Annual report of the Punjab Veterinary College and of the Civil Veterinary Department, Punjab - 1920-1925
Year: 1920
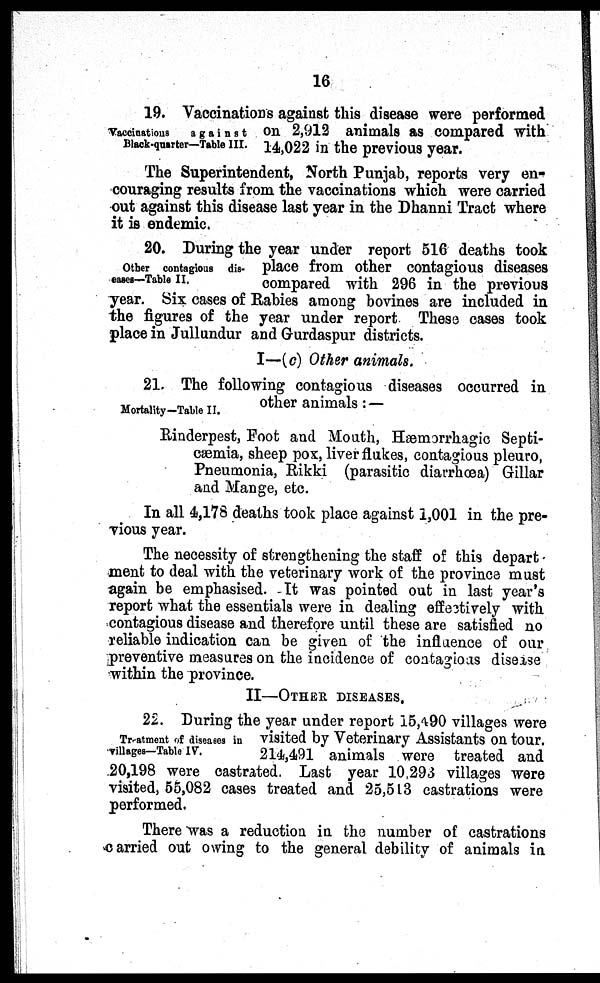
16
Vaccinations
against
Black-quarter—Table III.
19. Vaccinations against this disease were performed
on 2,912 animals as compared with
14,022 in the previous year.
The Superintendent, North Punjab, reports very en-
couraging results from the vaccinations which were carried
out against this disease last year in the Dhanni Tract where
it is endemic.
Other contagious dis-
eases—Table II.
20. During the year under report 516 deaths took
place from other contagious diseases
compared with 296 in the previous
year. Six cases of Rabies among bovines are included in
the figures of the year under report These cases took
place in Jullundur and Gurdaspur districts.
I—(c) Other animals.
Mortality—Table II.
21. The following contagious diseases occurred in
other animals:—
Rinderpest, Foot and Mouth, Hæmorrhagic Septi-
cæmia, sheep pox, liver flukes, contagious pleuro,
Pneumonia, Rikki (parasitic diarrhœa) Gillar
and Mange, etc.
In all 4,178 deaths took place against 1,001 in the pre-
vious year.
The necessity of strengthening the staff of this depart
ment to deal with the veterinary work of the province must
again be emphasised. It was pointed out in last year's
report what the essentials were in dealing effectively with
contagious disease and therefore until these are satisfied no
reliable indication can be given of the influence of our
preventive measures on the incidence of contagious disease
within the province.
II—OTHER DISEASES.
Treatment of diseases in
villages—Table IV.
22. During the year under report 15,490 villages were
visited by Veterinary Assistants on tour.
214,491 animals were treated and
20,198 were castrated. Last year 10,293 villages were
visited, 55,082 cases treated and 25,513 castrations were
performed.
There was a reduction in the number of castrations
carried out owing to the general debility of animals in